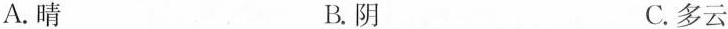
A.晴 B.阴 C.多云